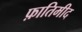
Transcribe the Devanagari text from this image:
फ़ातिमीद